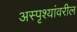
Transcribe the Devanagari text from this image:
अस्पृश्यांवरील